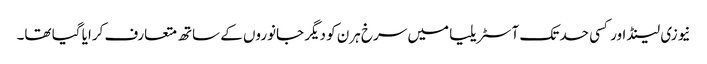
نیوزی لینڈ اور کسی حد تک آسٹریلیا میں سرخ ہرن کو دیگر جانوروں کے ساتھ متعارف کرایا گیا تھا۔